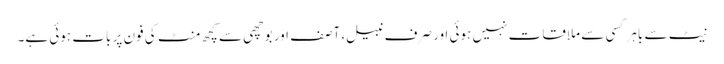
نیٹ سے باہر کسی سے ملاقات نہیں ہوئی اور صرف نبیل، آصف اور بوچھی سے کچھ منٹ کی فون پر بات ہوئی ہے۔